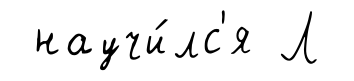
научи́лс'я Л